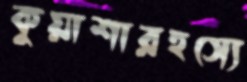
কুয়াশারহস্যে